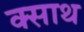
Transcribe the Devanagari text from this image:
क्साथ